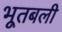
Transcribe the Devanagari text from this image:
भूतबली